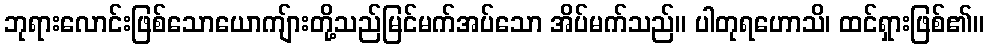
ဘုရားလောင်းဖြစ်သောယောကျ်ားတို့သည်မြင်မက်အပ်သော အိပ်မက်သည်။ ပါတုရဟောသိ၊ ထင်ရှားဖြစ်၏။